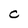
Character: C